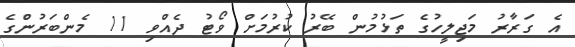
އެ ގަރާރު މަޖިލީހުގެ ތަޅުމުން ބޭރު ކުރުމަށް ވޯޓު ދެއްވި 11 މެންބަރުންގެ